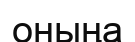
оныңа